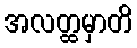
အလတ္ထမှာတိ